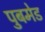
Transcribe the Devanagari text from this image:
पुबमेड